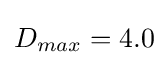
D_{max}=4.0